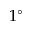
1 ^ { \circ }